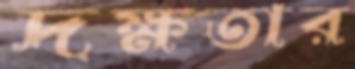
দক্ষতার